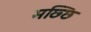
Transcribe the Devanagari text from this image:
मछ्छि